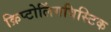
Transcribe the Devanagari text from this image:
क्रिप्टोलिंगविस्टिक